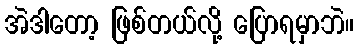
အဲဒါတော့ ဖြစ်တယ်လို့ ပြောရမှာဘဲ။